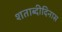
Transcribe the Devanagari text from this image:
शताब्दीदिनास